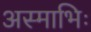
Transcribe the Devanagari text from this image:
अस्माभिः